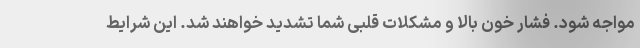
مواجه شود. فشار خون بالا و مشکلات قلبی شما تشدید خواهند شد. این شرایط